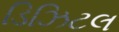
ડિઝિટલ